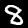
Label: 8